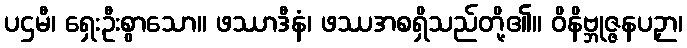
ပဌမီ၊ ရှေးဦးစွာသော။ ဖဿာဒီနံ၊ ဖဿအစရှိသည်တို့၏။ ဝိနိဗ္ဘုဇ္ဇနပဉှာ၊